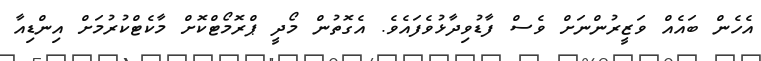
އެހެން ބައެއް ވަޒީރުންނަށް ވެސް ފާޑުވިދާޅުވެފައެވެ. އެގޮތުން މޯދީ ޕްރޮމޯޓްކޮށް މާކެޓްކުރުމަށް އިންޑިއާ